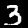
Label: 3